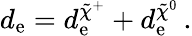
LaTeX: d_{\mathrm{e}}=d_{\mathrm{e}}^{\tilde{{\chi}}^{+}}+d_{\mathrm{e}}^{\tilde{{\chi}}^{0}}\, .